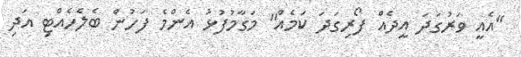
"އެއީ ވަރުގަދަ އީދެއް ފޯރިގަދަ ކަމެއް" މަގާމުފުޅު އެންމެ ފަހުން ބެލެހެއްޓި އަދި